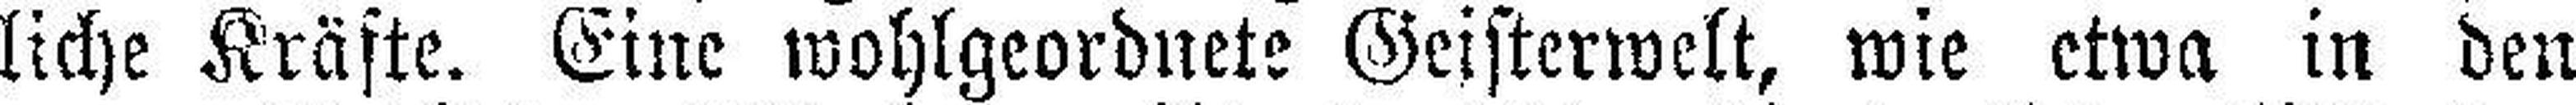
liche Kräfte. Eine wohlgeordnete Geisterwelt, wie etwa in den